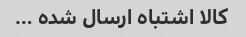
کالا اشتباه ارسال شده …